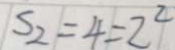
S _ { 2 } = 4 = 2 ^ { 2 }